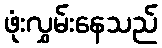
ဖုံးလွှမ်းနေသည်